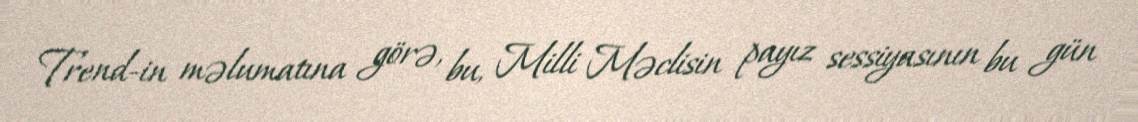
Trend-in məlumatına görə, bu, Milli Məclisin payız sessiyasının bu gün